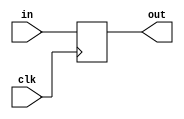
module data_pipe(
	input [7:0] in,
	output reg [7:0] out,
	input clk
);

	always@(posedge clk)
		out <= in;


endmodule